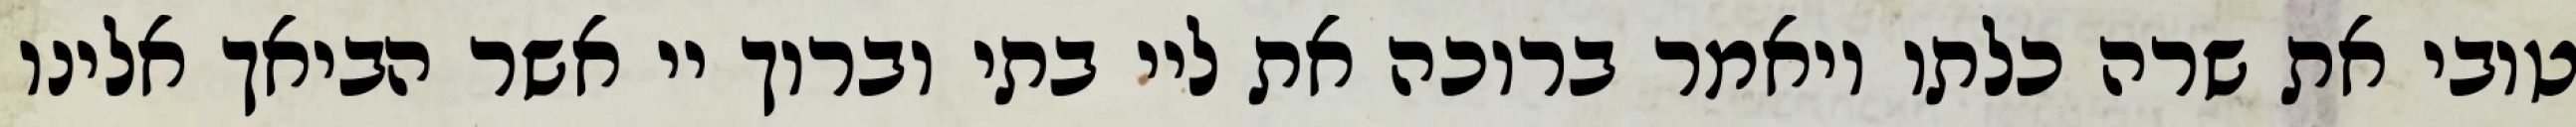
טובי את שרה כלתו ויאמר ברוכה את ליי בתי וברוך יי אשר הביאך אלינו